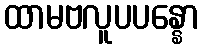
ထာမဗလူပပန္နော